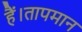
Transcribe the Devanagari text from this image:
हैं।तापमान